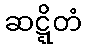
ဆဋ္ဋိတံ